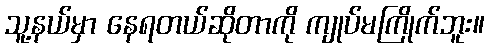
သူ့နယ်မှာ နေရတယ်ဆိုတာကို ကျုပ်မကြိုက်ဘူး။